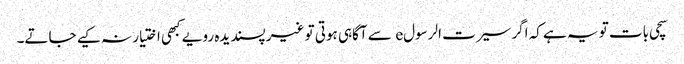
سچی بات تو یہ ہے کہ اگر سیرت الرسولe سے آگاہی ہوتی تو غیر پسندیدہ رویے کبھی اختیار نہ کیے جاتے۔